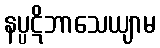
နပ္ပဋိဘာသေယျာမ